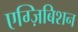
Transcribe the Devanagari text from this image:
एग्ज़िबिशन